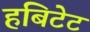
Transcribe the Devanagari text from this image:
हबिटेट